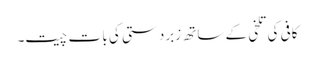
کافی کی تلخی کے ساتھ زبردستی کی با ت چیت۔